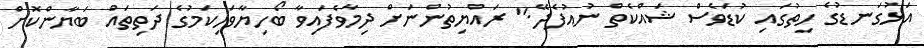
އަޅުގަނޑުގެ ހިތުގައި ކުޑަވެސް ޝައްކެތް ނުއުފެދޭ.'' ރައްޔިތުންނަށް ދިމާވެފައިވާ ބޯހިޔާވަހިކަމުގެ ދަތިތައް ބަޔާންކޮށް